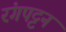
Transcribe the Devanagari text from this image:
रंगपट्टन